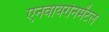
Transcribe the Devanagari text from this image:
एनवायरोनमेंटल